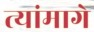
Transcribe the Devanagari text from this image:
त्यांमागे